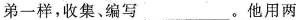
弟一样，收集、编写___。